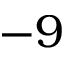
- 9